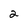
Character: 2